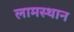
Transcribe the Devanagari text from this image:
लामस्थान